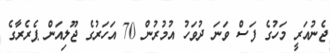
ޖެނުއަރީ މަހުގެ ފަސް ވަނަ ދުވަހު އުމުރުން 70 އަހަރުގެ ޖޫލިއަން ޕެރެރާގެ